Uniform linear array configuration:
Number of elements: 12
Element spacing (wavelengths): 1
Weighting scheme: binomial
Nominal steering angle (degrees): -60
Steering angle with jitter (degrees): -59.075
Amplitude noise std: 0.05
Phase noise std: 0.05

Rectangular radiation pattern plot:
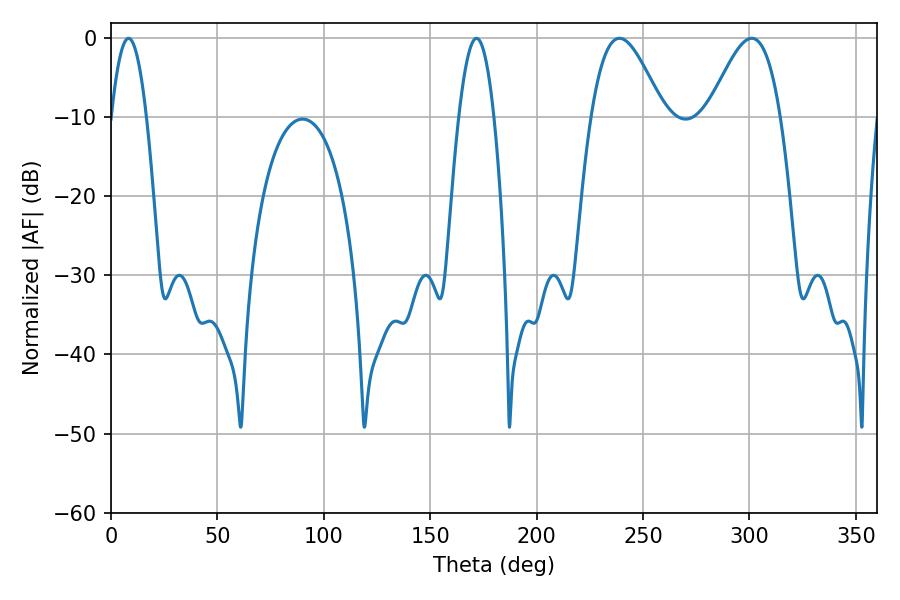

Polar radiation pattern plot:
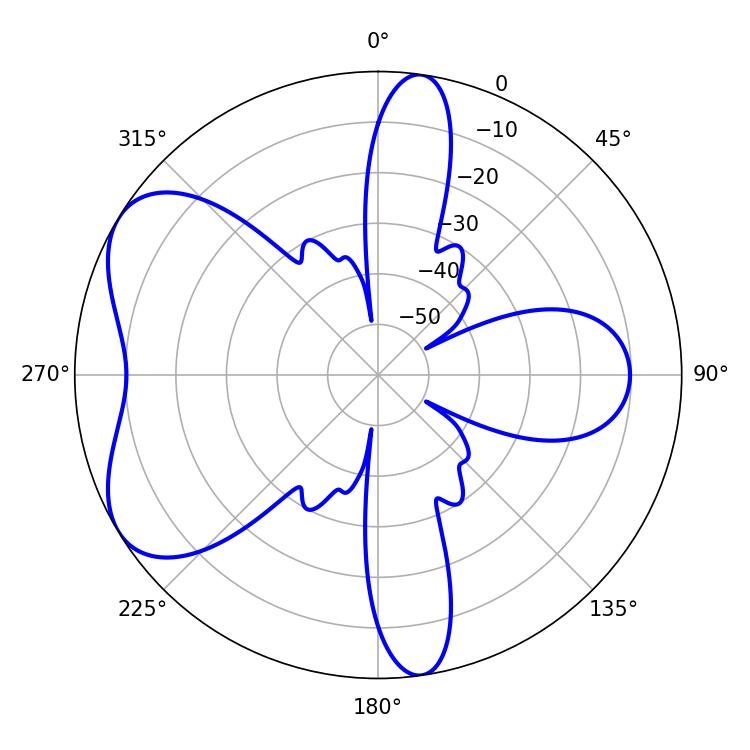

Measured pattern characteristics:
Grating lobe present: TRUE
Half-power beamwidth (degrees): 9
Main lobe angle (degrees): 8.28